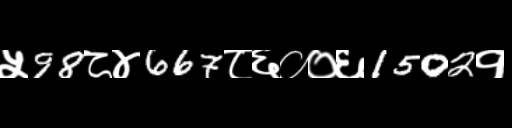
Text: ५98८४667८६००६1502१